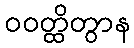
ဝဝတ္ထိတွာန